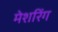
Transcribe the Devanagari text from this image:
मेशरिंग